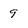
Character: 9